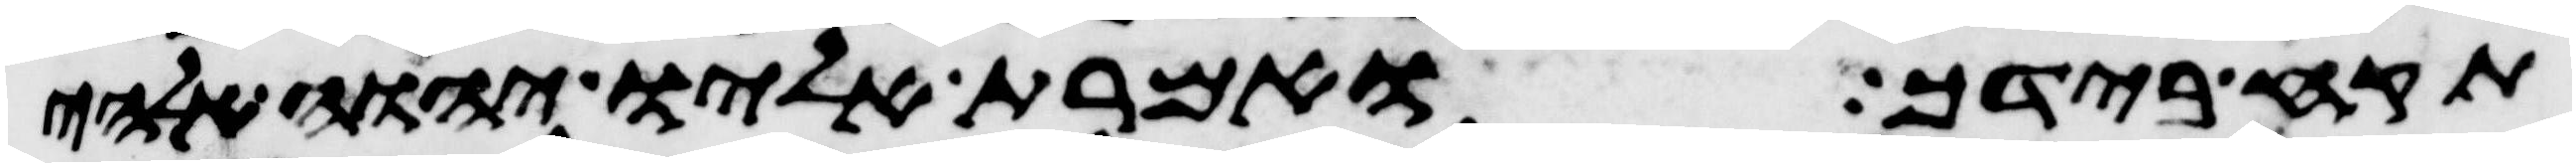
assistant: תקח בידך ואמרת אליו יהוה אלהי